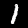
Digit: 1